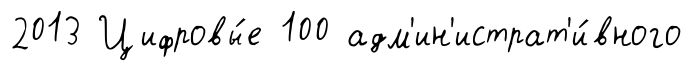
2013 Цифровы́е 100 адм'ин'истрат'и́вного